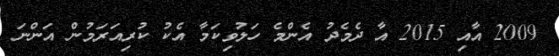
2009 އާއި 2015 އާ ދެމެދު އެންމެ ހަލުވިކަމާ އެކު ކުރިއަރަމުން އަންނަ